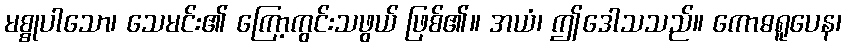
မစ္စုပါသော၊ သေမင်း၏ ကြော့ကွင်းသဖွယ် ဖြစ်၏။ အယံ၊ ဤဒေါသသည်။ ကောဓရူပေန၊